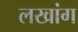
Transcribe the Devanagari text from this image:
लखांग